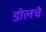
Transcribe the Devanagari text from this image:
डोलचे